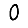
Digit: 0